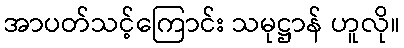
အာပတ်သင့်ကြောင်း သမုဋ္ဌာန် ဟူလို။